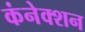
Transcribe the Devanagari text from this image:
कंनेक्शन